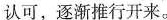
认可，逐渐推行开来。